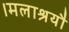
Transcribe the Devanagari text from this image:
।मलाश्रयौ